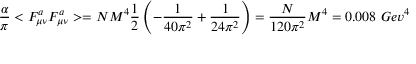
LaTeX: { \frac { \alpha } { \pi } } < F _ { \mu \nu } ^ { a } F _ { \mu \nu } ^ { a } > = N M ^ { 4 } { \frac { 1 } { 2 } } \left( - { \frac { 1 } { 4 0 \pi ^ { 2 } } } + { \frac { 1 } { 2 4 \pi ^ { 2 } } } \right) = { \frac { N } { 1 2 0 \pi ^ { 2 } } } M ^ { 4 } = 0 . 0 0 8 ~ G e v ^ { 4 }